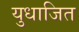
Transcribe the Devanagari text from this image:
युधाजित